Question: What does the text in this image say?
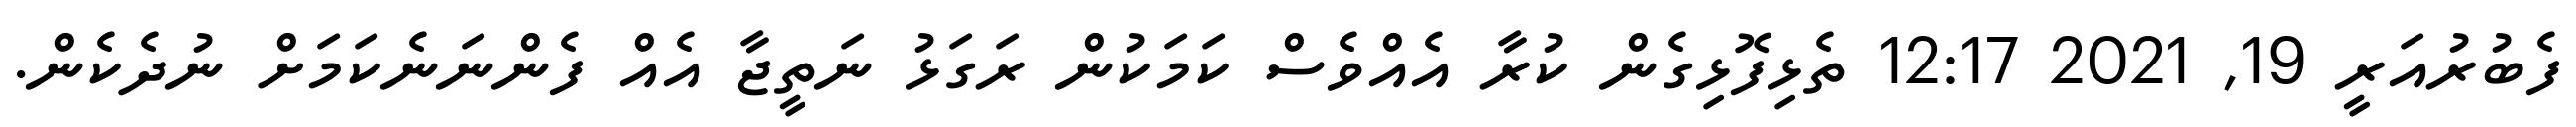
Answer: ފެބުރުއަރީ 19, 2021 12:17 ތެޅިފޮޅިގެން ކުރާ އެއްވެސް ކަމަކުން ރަގަޅު ނަތީޖާ އެއް ފެންނަނެކަމަށް ނުދެކެން.